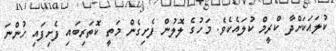
ކުލައަކަށްދާ ކްރީމް ކުލައެކެވެ. މަހުގެ ލޮލުން ފެށިގެން މަތީ ކޮތަރިބައި ފެށިފައި ހުންނަ